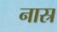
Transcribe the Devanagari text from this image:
नास्र